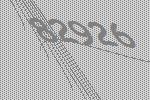
82926